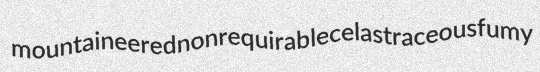
mountaineered nonrequirable celastraceous fumy